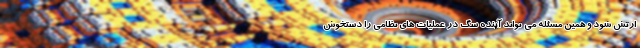
ارتش شود و همین مسئله می تواند آینده سگ در عملیات های نظامی را دستخوش